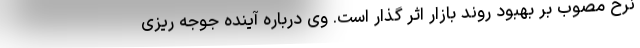
نرخ مصوب بر بهبود روند بازار اثر گذار است. وی درباره آینده جوجه ریزی